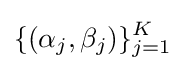
\{(\alpha _{j},\beta _{j})\}_{j=1}^{K}